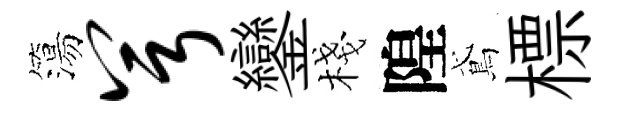
簜兮鑾棧隍鳶標